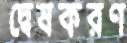
দ্বেষকরণ